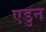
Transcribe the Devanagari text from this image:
एडुन